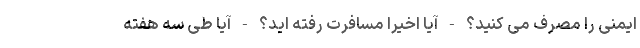
ایمنی را مصرف می کنید؟ - آیا اخیرا مسافرت رفته اید؟ - آیا طی سه هفته